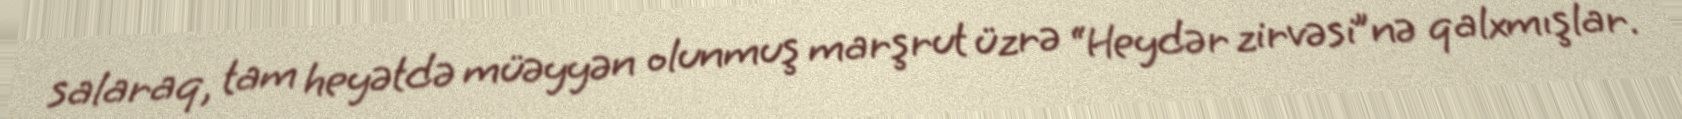
salaraq, tam heyətdə müəyyən olunmuş marşrut üzrə “Heydər zirvəsi”nə qalxmışlar.